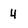
Character: 4